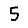
Digit: 5